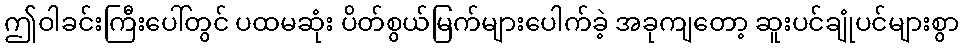
ဤဝါခင်းကြီးပေါ်တွင် ပထမဆုံး ပိတ်စွယ်မြက်များပေါက်ခဲ့ အခုကျတော့ ဆူးပင်ချုံပင်များစွာ